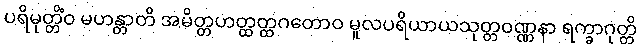
ပရိမုတ္တိံဝ မဟန္တာတိ အမိတ္တဟတ္ထတ္ထဂတောဝ မူလပရိယာယသုတ္တဝဏ္ဏနာ ရက္ခာဂုတ္တိ